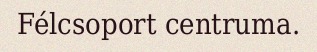
Félcsoport centruma.